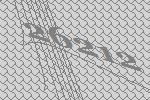
26212